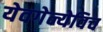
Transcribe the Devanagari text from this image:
येवगेन्येविच